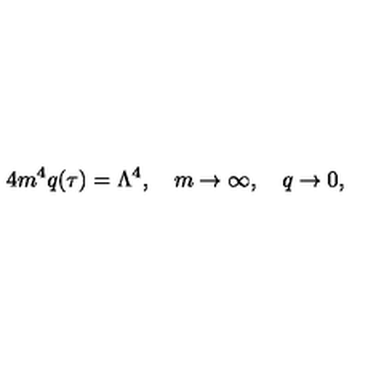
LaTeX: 4 m ^ { 4 } q ( \tau ) = \Lambda ^ { 4 } , \quad m \rightarrow \infty , \quad q \rightarrow 0 ,